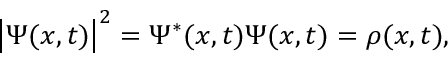
\left| \Psi ( x , t ) \right| ^ { 2 } = \Psi ^ { * } ( x , t ) \Psi ( x , t ) = \rho ( x , t ) ,